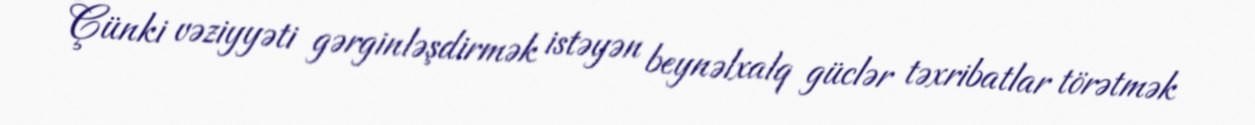
Çünki vəziyyəti gərginləşdirmək istəyən beynəlxalq güclər təxribatlar törətmək